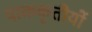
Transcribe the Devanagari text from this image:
पाककृतीयों